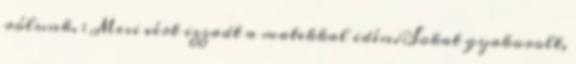
rólunk. : Mesi vért izzadt a matekkal idén.Sokat gyakorolt,